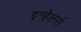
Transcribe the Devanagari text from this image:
इन्हेलर्स